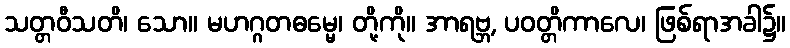
သတ္တဝီသတိ၊ သော။ မဟဂ္ဂတဓမ္မေ၊ တို့ကို။ အာရဗ္ဘ, ပဝတ္တိကာလေ၊ ဖြစ်ရာအခါ၌။